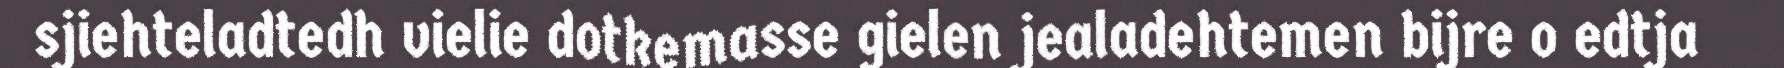
sjiehteladtedh vielie dotkemasse gielen jealadehtemen bijre o edtja